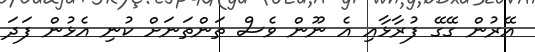
އޭރުން ގޭގޭ ފުރާޅާއި އެ ނޫން ވެސް ތަންތަނަށް ކުނި އެޅުން ފަދަ